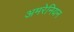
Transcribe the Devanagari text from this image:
अमरेनियन